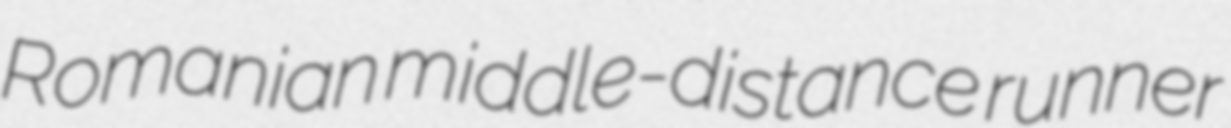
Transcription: Romanian middle-distance runner